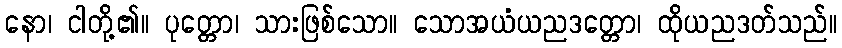
နော၊ ငါတို့၏။ ပုတ္တော၊ သားဖြစ်သော။ သောအယံယညဒတ္တော၊ ထိုယညဒတ်သည်။